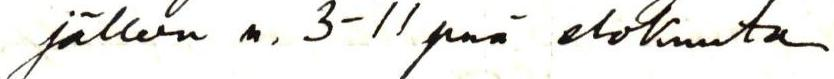
jälleen n. 3-11 pnä elokuuta